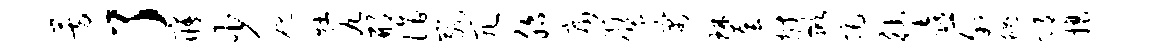
芳了寤少碗牡九邢诣崴冗胎庸禅杰寓琳套拊掀拒德喜叙魄邛攘